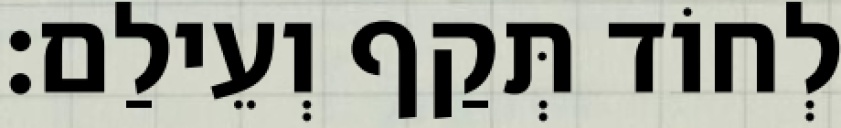
לְחוֹד תְּקַף וְעֵילַם׃